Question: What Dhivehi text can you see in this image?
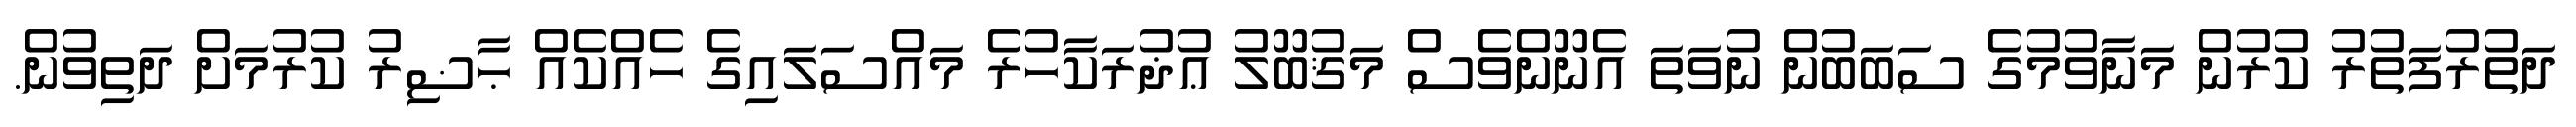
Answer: ދަތުރުފަތުރު ކުރުން މަނާވުމުގެ ސަބަބުން ނުވަތަ އެނޫންވެސް މަޤުބޫލު ޢުޛުރަކާހުރެ މައްސަލައިގެ ހެއްކެއް ޙާޟިރު ކުރުމަށް ދަތިވުން.